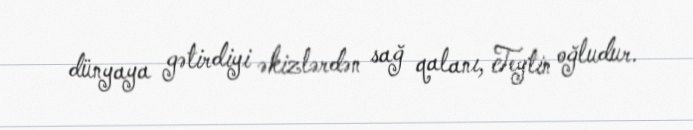
dünyaya gətirdiyi əkizlərdən sağ qalanı, Teytin oğludur.